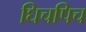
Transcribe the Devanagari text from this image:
घिचपिच